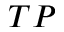
T P